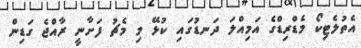
އެތުލެޓިކޯ މެޑްރިޑްގެ އަމިއްލަ ދަނޑުގައި ކުޅޭ މި މެޗު ފަށާނީ ރާއްޖެ ގަޑިން